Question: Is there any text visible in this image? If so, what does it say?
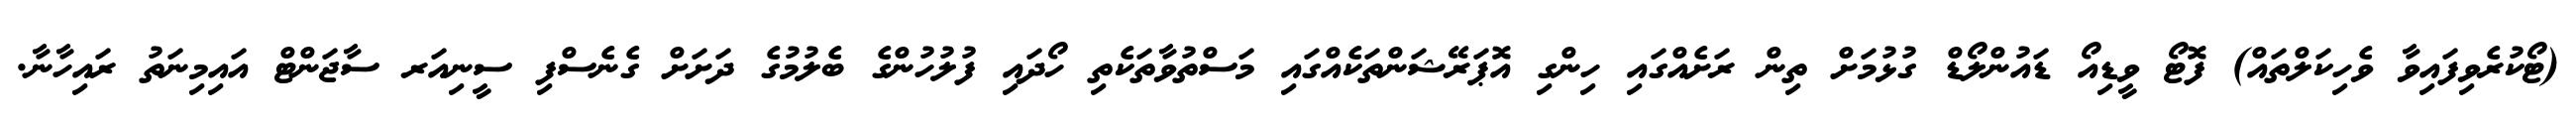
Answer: (ޓޯކުރެވިފައިވާ ވެހިކަލްތައް) ފޮޓޯ ވީޑިއޯ ޑައުންލޯޑް ގުޅުމަށް ތިން ރަށެއްގައި ހިންގި އޮޕަރޭޝަންތަކެއްގައި މަސްތުވާތަކެތި ހޯދައި ފުލުހުންގެ ބެލުމުގެ ދަށަށް ގެނެސްފި ސީނިއަރ ސާޖަންޓް އައިމިނަތު ރައިހާނާ.